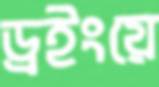
ড্রইংয়ে